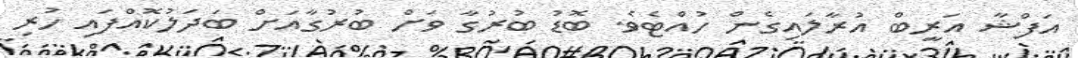
އަފްޝާ އަރީބް އުރާލައިގެން ހުއްޓެވެ. ބޮޑު ބުރުގާ ވަށް ބުރުގާއަށް ބަދަލުކޮއްފައި ހުރި